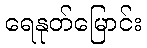
ရေနုတ်မြောင်း